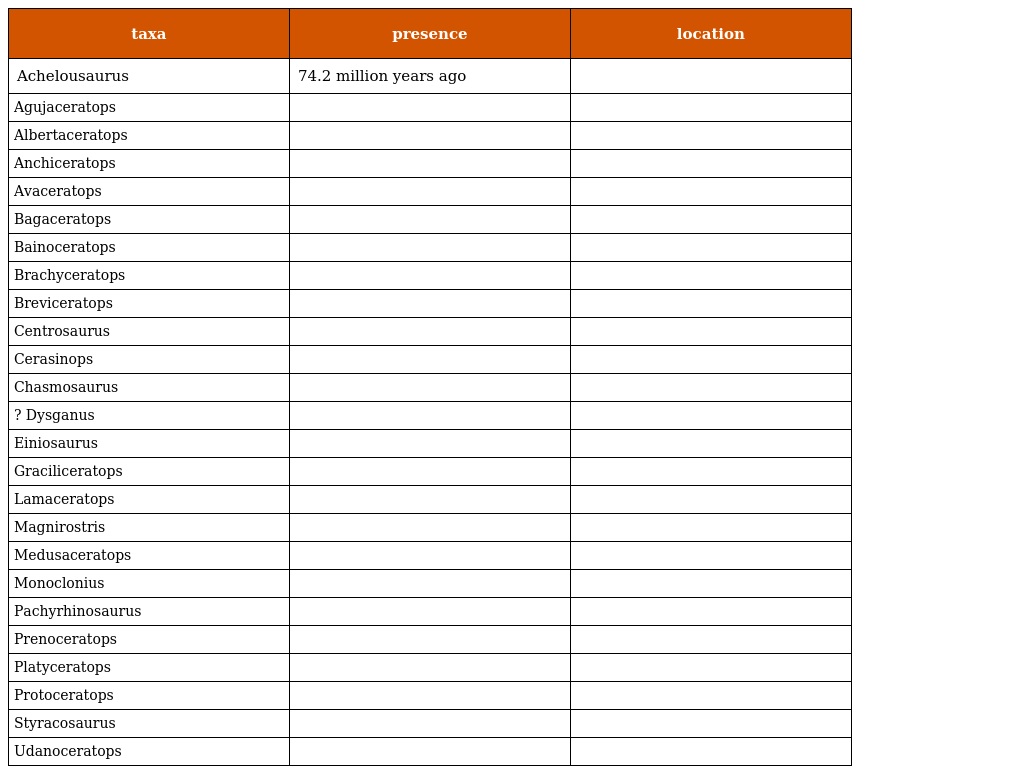
| taxa | presence | location |
 | --- | --- | --- |
 | Achelousaurus | 74.2 million years ago |  |
 | Agujaceratops |  |  |
 | Albertaceratops |  |  |
 | Anchiceratops |  |  |
 | Avaceratops |  |  |
 | Bagaceratops |  |  |
 | Bainoceratops |  |  |
 | Brachyceratops |  |  |
 | Breviceratops |  |  |
 | Centrosaurus |  |  |
 | Cerasinops |  |  |
 | Chasmosaurus |  |  |
 | ? Dysganus |  |  |
 | Einiosaurus |  |  |
 | Graciliceratops |  |  |
 | Lamaceratops |  |  |
 | Magnirostris |  |  |
 | Medusaceratops |  |  |
 | Monoclonius |  |  |
 | Pachyrhinosaurus |  |  |
 | Prenoceratops |  |  |
 | Platyceratops |  |  |
 | Protoceratops |  |  |
 | Styracosaurus |  |  |
 | Udanoceratops |  |  |